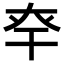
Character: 𢆎